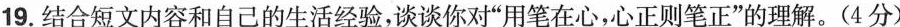
19.结合短文内容和自己的生活经验，谈谈你对”用笔在心，心正则笔正”的理解。(4分)